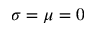
\sigma = \mu = 0